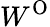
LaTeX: W^{\mathrm{O}}